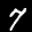
Label: 7